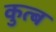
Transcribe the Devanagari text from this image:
कुत्ब